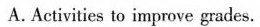
A. Activitics to improve grades.